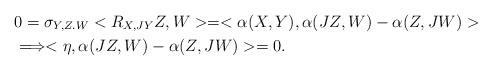
LaTeX: \begin{align*}&0=\sigma_{Y,Z.W}<R_{X,JY}Z,W>=<\alpha(X,Y),\alpha(JZ,W)-\alpha(Z,JW)>\\&\Longrightarrow <\eta,\alpha(JZ,W)-\alpha(Z,JW)>=0.\end{align*}